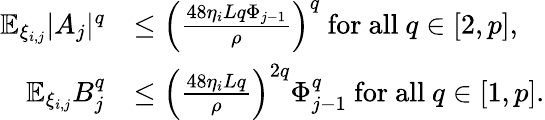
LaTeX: \begin{array}{rl}{\mathbb{E}_{\xi_{i,j}}|A_{j}|^{q}}&{\le\left(\frac{48\eta_{i}Lq\Phi_{j-1}}{\rho}\right)^{q}\mathrm{~for~all~}q\in[2,p],}\\ {\mathbb{E}_{\xi_{i,j}}B_{j}^{q}}&{\le\left(\frac{48\eta_{i}Lq}{\rho}\right)^{2q}\Phi_{j-1}^{q}\mathrm{~for~all~}q\in[1,p].}\end{array}